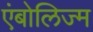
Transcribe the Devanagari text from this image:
एंबोलिज्म